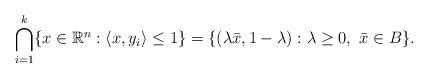
LaTeX: \begin{align*}\bigcap_{i=1}^k \{x\in\mathbb{R}^n:\langle x, y_i\rangle\leq 1\} =\{(\lambda\bar{x},1-\lambda): \lambda \geq 0, \ \bar{x}\in B\}.\end{align*}